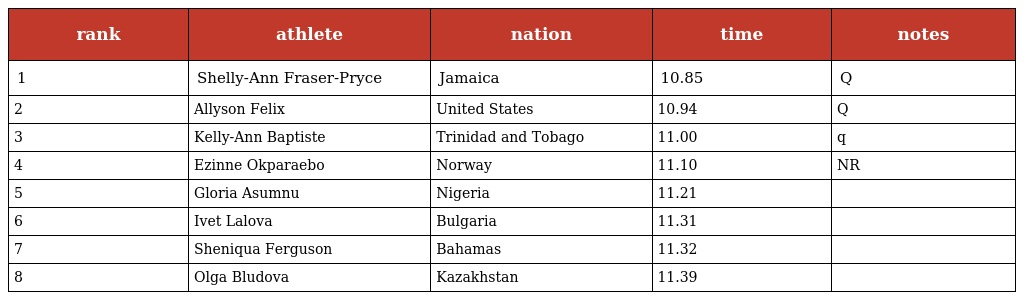
| rank | athlete | nation | time | notes |
 | --- | --- | --- | --- | --- |
 | 1 | Shelly-Ann Fraser-Pryce | Jamaica | 10.85 | Q |
 | 2 | Allyson Felix | United States | 10.94 | Q |
 | 3 | Kelly-Ann Baptiste | Trinidad and Tobago | 11.00 | q |
 | 4 | Ezinne Okparaebo | Norway | 11.10 | NR |
 | 5 | Gloria Asumnu | Nigeria | 11.21 |  |
 | 6 | Ivet Lalova | Bulgaria | 11.31 |  |
 | 7 | Sheniqua Ferguson | Bahamas | 11.32 |  |
 | 8 | Olga Bludova | Kazakhstan | 11.39 |  |